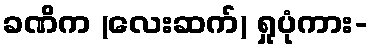
ခဏိက (လေးဆက်) ရှုပုံကား-